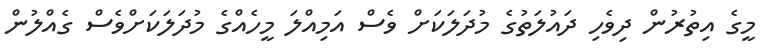
މީގެ އިތުރުން ދިވެހި ދައުލަތުގެ މުދަލަކަށް ވެސް އަމިއްލަ މީހެއްގެ މުދަލަކަށްވެސް ގެއްލުން